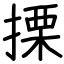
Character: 搮